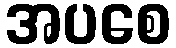
အပစေ